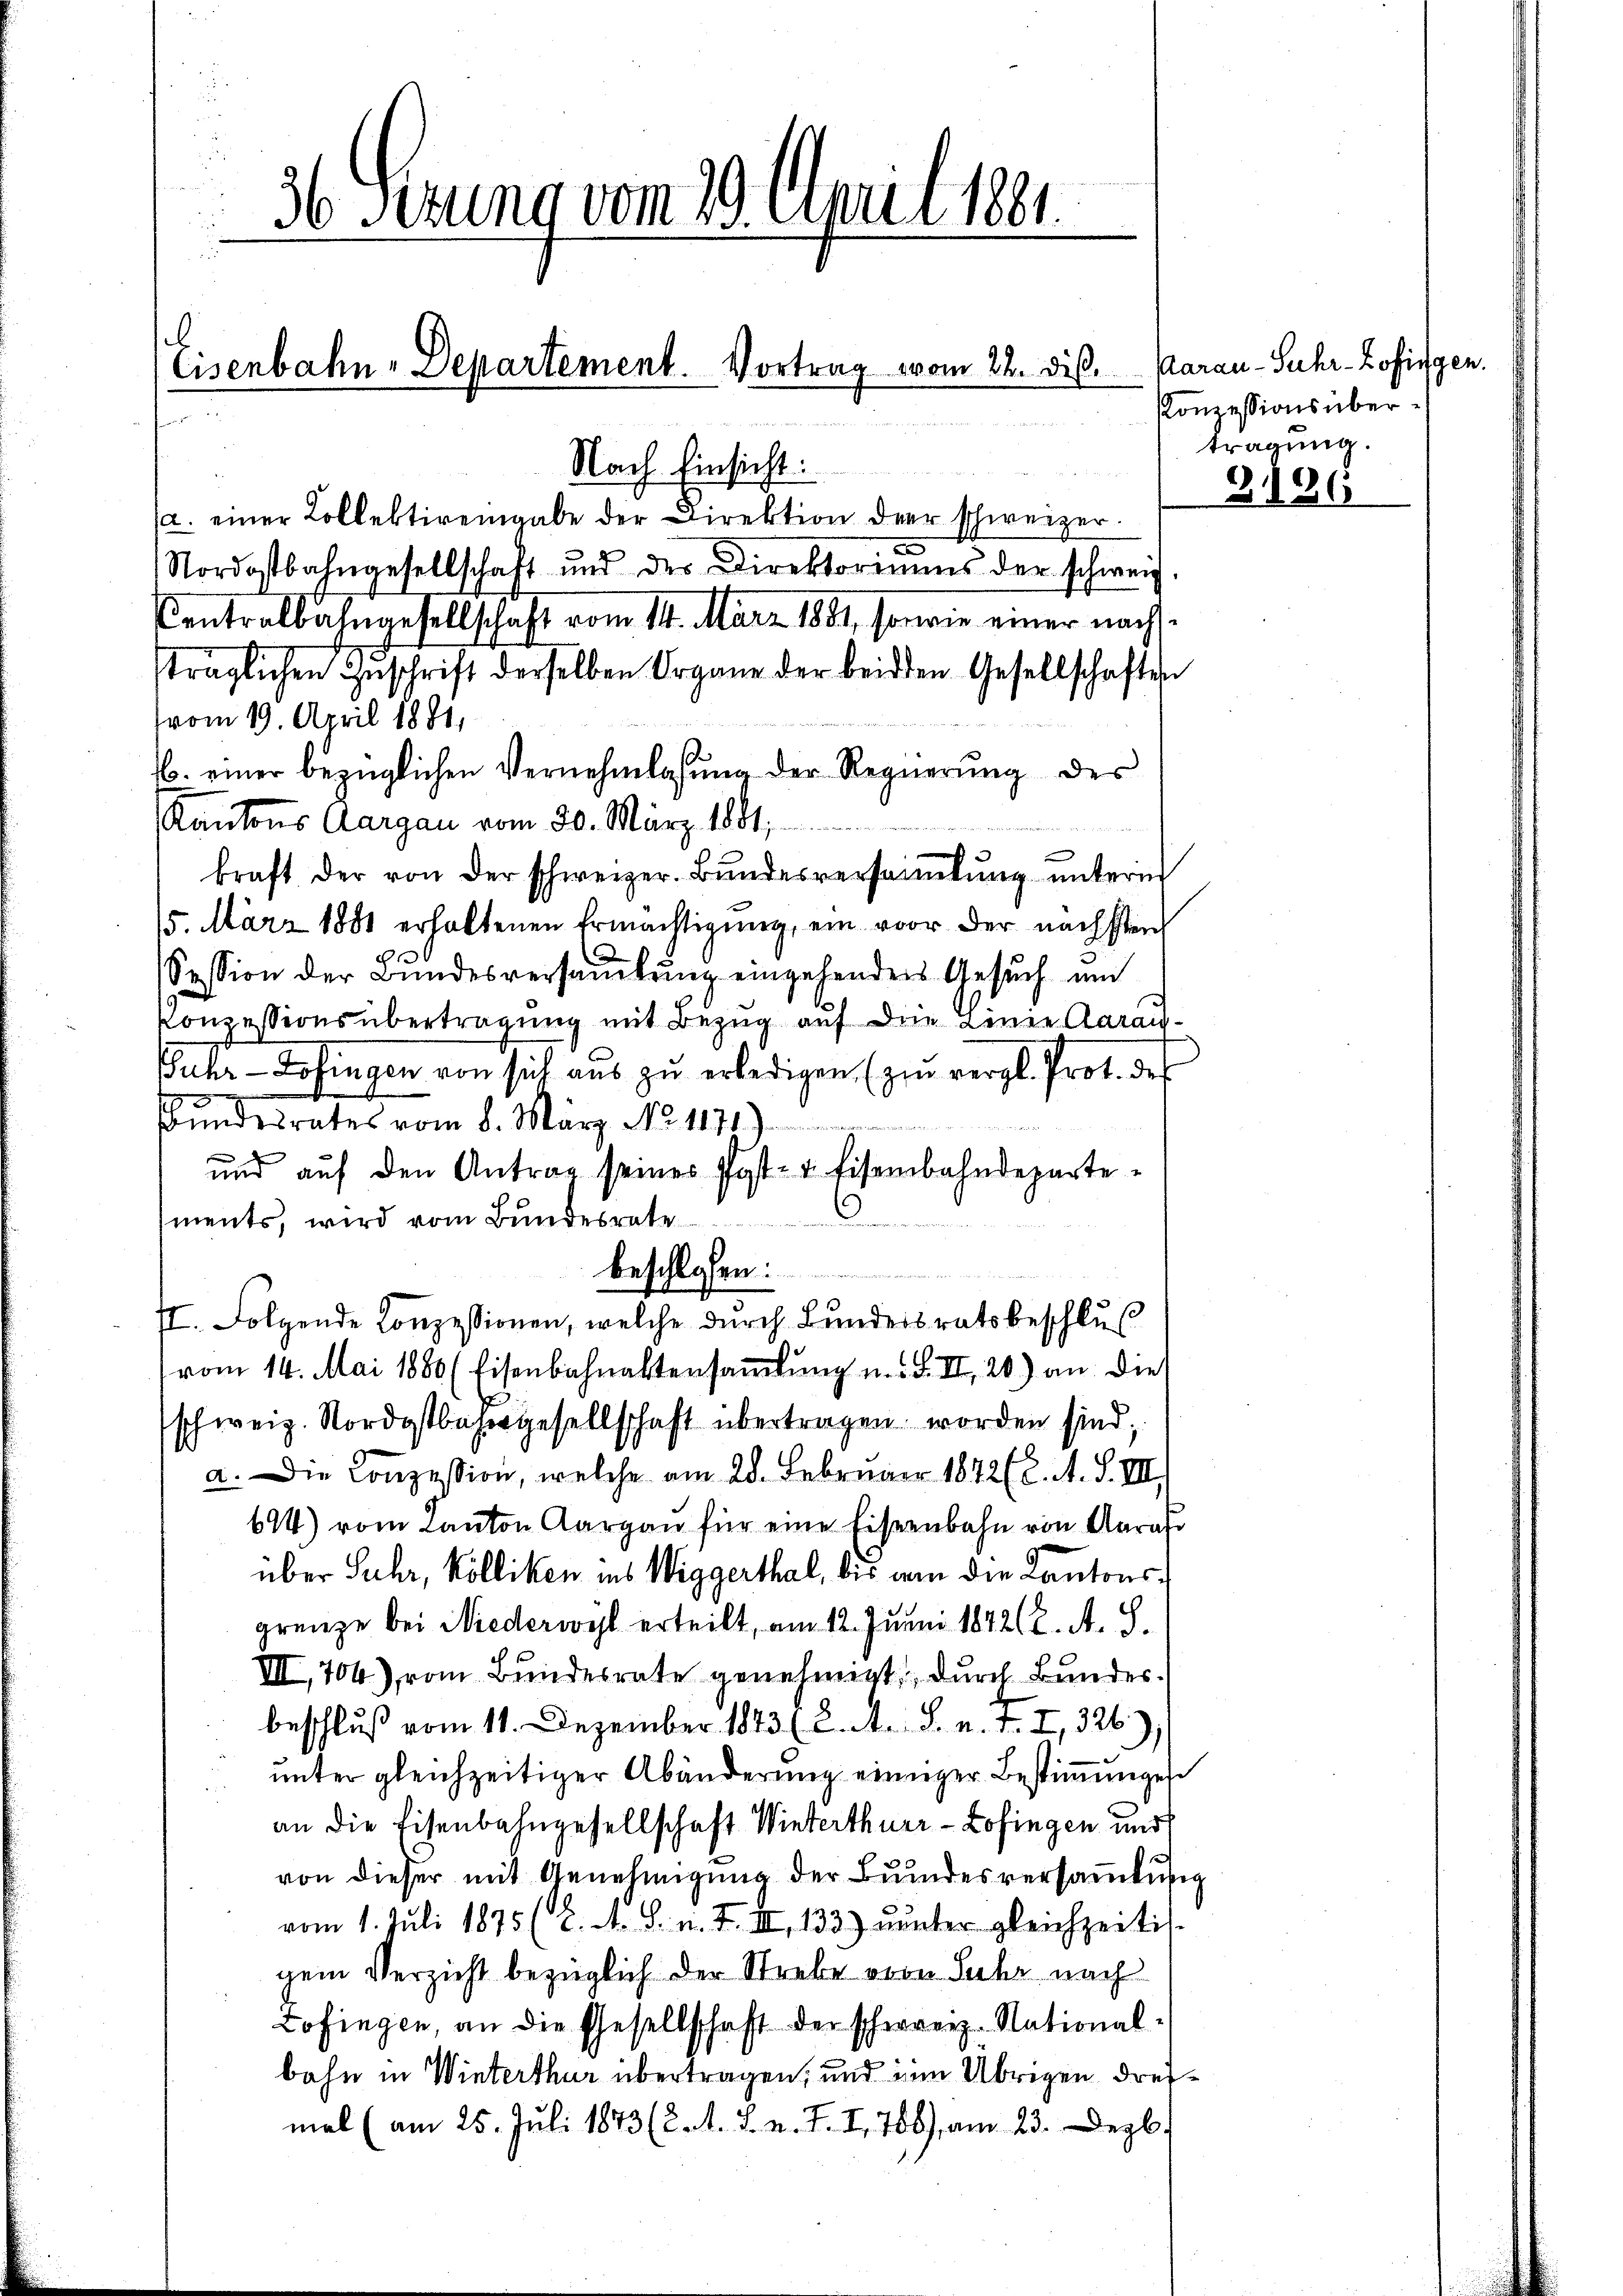
36 Perung vom 29. April 1881

e

b

Eisenbahn-Departement. Vortrag vom 22. dis.

Nach Einsicht:
12. einer Kollektirengabe der Direktion der schweizer.
Nordostbahngesellschaft und der Direktoriums der schweiz.
Centralbahngesellschaft vom 14. März 1881, sowie einer nachträglichen Zŭschrift derselben Organe der beiden Gesellschaften
vom 19. April 1881,
16. einer bezüglichen Vernehmlasung der Regierung des
Kantons Aargau vom 30. März 1881,
kraft der von der schweizer. Bŭndesversaṁlŭng ŭnterm
15. März 1881 erhaltenen Ermächtigŭng, ein vor der nächsten
Session der Bundesversammlung eingehenders Gesuch und
Konzessionsübertragung mit Bezug auf die Linie Aaraus¬
Wuhr- Zofingen von sich aŭs zŭ erledigen. (zur vergl. Prot. des
Bŭndesrates vom 8. März No. 1171)
und auf den Antrag seines Post- & Eisenbahndepartements, wird vom Bundesrate
beschlossen:
II. Folgende Konzessionen, welche durch Bundesratsbeschlus
vom 14. Mai 1880 (Eisenbahnaktersamlung u. F. II, 20) an dies
schweiz. Nordostbahngesellschaft übertragen worden sind;
a. Die Conzession, welche am 28. Februar 1842 (2. A. S. VIII.
694) vom Kanton Aargau für eine Eisenbahn von Aaras
über Suhr, Kölliken ins Wiggerthal, bis in die Kantonsgrenze bei Niederwil erteilt, am 12. Juni 18426. A. S.
VII, 704), vom Bundesrate genehmigt, durch Bundes.
beschluß vom 11. Dezember 1843 (2. A. S. n. F. I, 326),
unter gleichzeitiger Abänderung einiger Bestimmungen
an die Eisenbahngesellschaft Winterthurr - Zofingen und
von dieser mit Annehmigung der Bundesversammlung
vom 1. Juli 1875 (2. A. S. n. F. II, 133) unter gleichzeitig-
gem Verzicht bezüglich der Strebe von Suhr nach
Zofingen, an die Gesellschaft der schwerz-National-
bahn in Winterthur übertragen, und zum Übrigen dreimal (am 25. Juli 1873 (2. A. S. v. J. I. 756) am 23. Dezb

Aarau - Suhr- Zofingen.
Konzessions übertragung.

3186